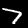
Label: 7